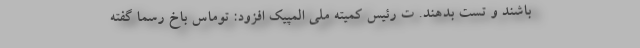
باشند و تست بدهند. ت رئیس کمیته ملی المپیک افزود: توماس باخ رسما گفته